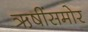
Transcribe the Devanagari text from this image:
ऋषींसमोर